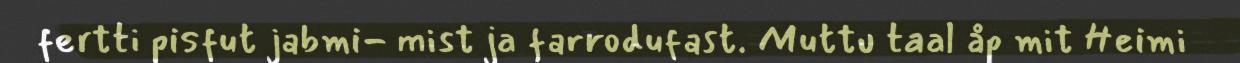
fertti pisfut jabmi- mist ja farrodufast. Muttu taal åp mit Heimi